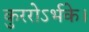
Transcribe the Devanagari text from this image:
कुररोऽर्भके।